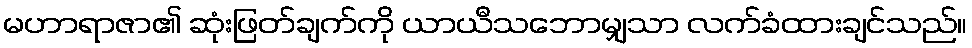
မဟာရာဇာ၏ ဆုံးဖြတ်ချက်ကို ယာယီသဘောမျှသာ လက်ခံထားချင်သည်။